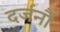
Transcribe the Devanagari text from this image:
दर्जनौं